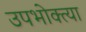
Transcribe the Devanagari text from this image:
उपभोक्त्या